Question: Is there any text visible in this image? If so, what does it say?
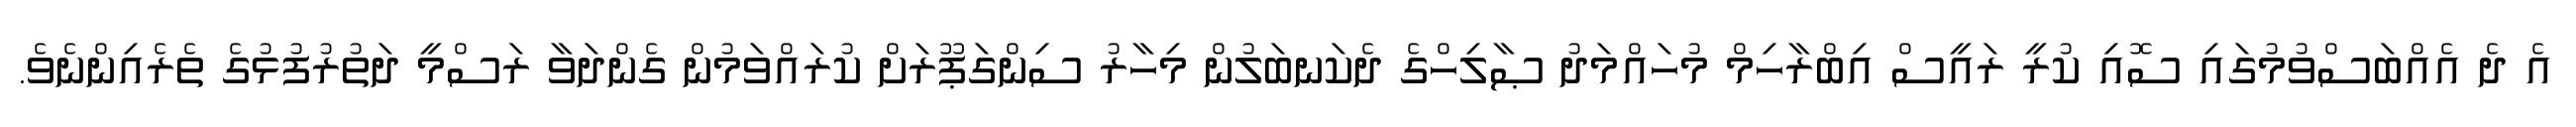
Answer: އެ ދެ އެއްބަސްވުމުގައި ސޮއި ކުރީ ރައީސް އިބްރާހިމް މުހައްމަދު ޞާލިހްގެ ދެކަނބަލުން މިހާރު ސިންގަޕޫރަށް ކުރައްވަމުން ގެންދަވާ ރަސްމީ ދަތުރުފުޅުގެ ތެރެއިންނެވެ.